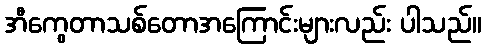
အီကွေတာသစ်တောအကြောင်းများလည်း ပါသည်။